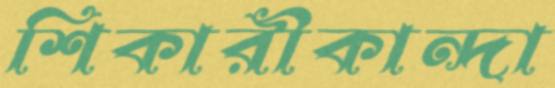
শিকারীকান্দা